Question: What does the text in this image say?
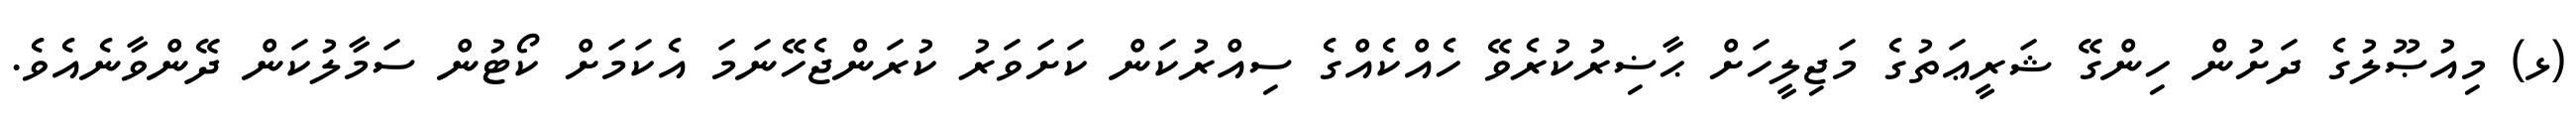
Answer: (ޅ) މިއުޞޫލުގެ ދަށުން ހިންގޭ ޝަރީޢަތުގެ މަޖިލީހަށް ޙާޟިރުކުރެވޭ ހެއްކެއްގެ ސިއްރުކަން ކަށަވަރު ކުރަންޖެހޭނަމަ އެކަމަށް ކޯޓުން ސަމާލުކަން ދޭންވާނެއެވެ.